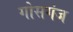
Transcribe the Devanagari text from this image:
गोसगंज